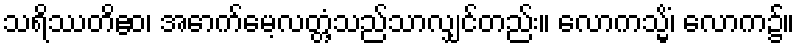
သရိဿတိဧဝ၊ အောက်မေ့လတ္တံ့သည်သာလျှင်တည်း။ လောကသ္မိံ၊ လောက၌။